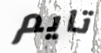
تايم